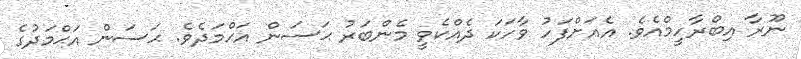
ނޫރާ އިބްރާހީމްއެވެ. އެއަށްފަހު ވާހަކަ ދެއްކެވީ މެންބަރު ޙަސަން އަޙްމަދެވެ. ޙަސަން އަޙްމަދުގެ